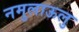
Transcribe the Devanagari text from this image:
नमुलाऊलु